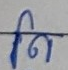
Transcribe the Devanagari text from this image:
नि